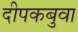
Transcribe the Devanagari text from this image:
दीपकबुवा